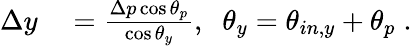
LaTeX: \begin{array}{rl}{\Delta y}&{{}=\frac{\Delta p\cos\theta_{p}}{\cos\theta_{y}},\; \; \theta_{y}=\theta_{in,y}+\theta_{p}\; .}\end{array}